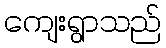
ကျေးရွာသည်